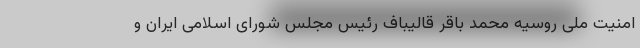
امنیت ملی روسیه محمد باقر قالیباف رئیس مجلس شورای اسلامی ایران و